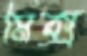
মিক্স